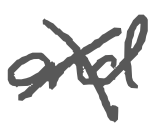
Text: and
Cross-out: cross
Writing tool: digital_gray